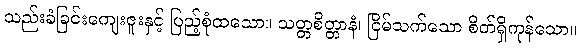
သည်းခံခြင်းကျေးဇူးနှင့် ပြည့်စုံထသော။ သတ္တစိတ္တာနံ၊ ငြိမ်သက်သော စိတ်ရှိကုန်သော။